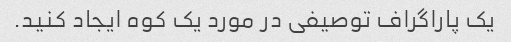
یک پاراگراف توصیفی در مورد یک کوه ایجاد کنید.